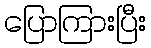
ပြောကြားပြီး